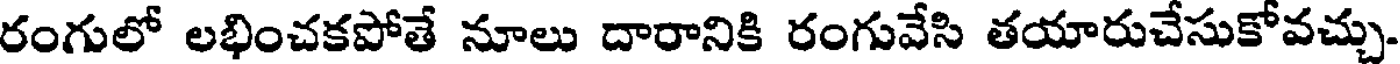
రంగులో లభించకపోతే నూలు దారానికి రంగువేసి తయారుచేసుకోవచ్చు